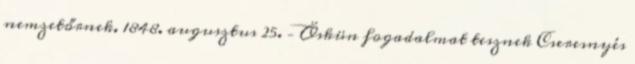
nemzetőrnek. 1848. augusztus 25. – Öskün fogadalmat tesznek Cseresnyés